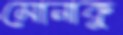
মোনাকু